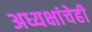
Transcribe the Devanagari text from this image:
अध्यक्षांचेही